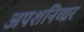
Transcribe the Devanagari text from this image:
अपशनिच्चर